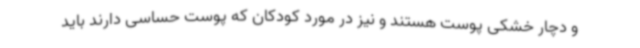
و دچار خشکی پوست هستند و نیز در مورد کودکان که پوست حساسی دارند باید